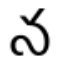
న